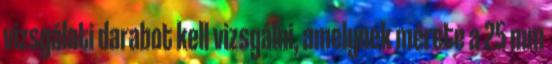
vizsgálati darabot kell vizsgálni, amelynek mérete a 25 mm